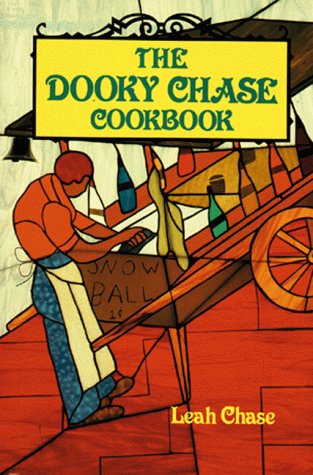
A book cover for Dooky Chase Cookbook, The; Leah Chase; Cookbooks, Food & Wine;